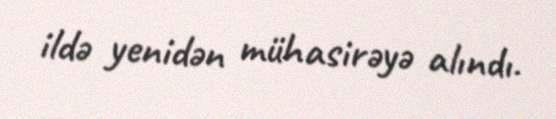
ildə yenidən mühasirəyə alındı.